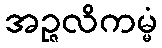
အဉ္ဇလိကမ္မံ